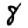
Digit: 8